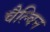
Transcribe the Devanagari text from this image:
चैल्विन